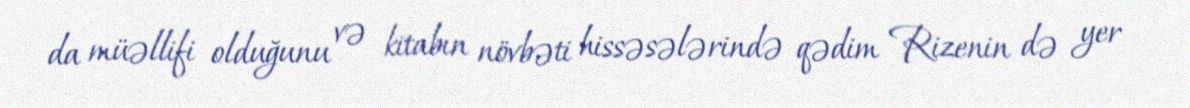
da müəllifi olduğunu və kitabın növbəti hissəsələrində qədim Rizenin də yer